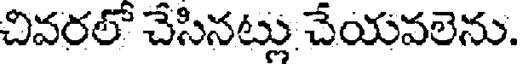
చివరల్ చేసినట్లు చేయవలెను.